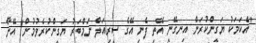
"އެކަމަކު ޔަގީންކުރަން އިނގޭނީ އޭތި ފެނި އޭގެ ސީރިއަލް ނަމްބަރު ޔަގީންކުރެވުމުން" އޭނާ